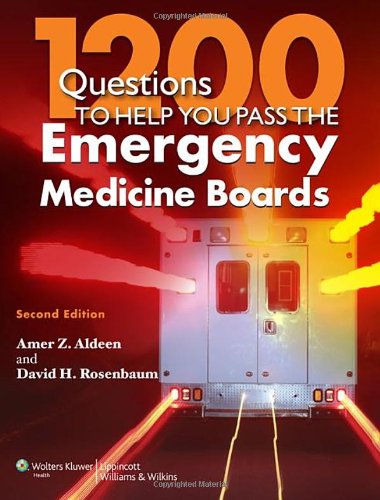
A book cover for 1200 Questions to Help You Pass the Emergency Medicine Boards; Amer Z. Aldeen MD; Medical Books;